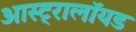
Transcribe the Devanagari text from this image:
आस्ट्रालॉयड